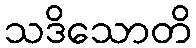
သဒိသောတိ